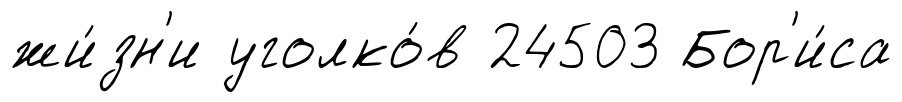
жи́зн'и уголко́в 24503 Бор'и́са